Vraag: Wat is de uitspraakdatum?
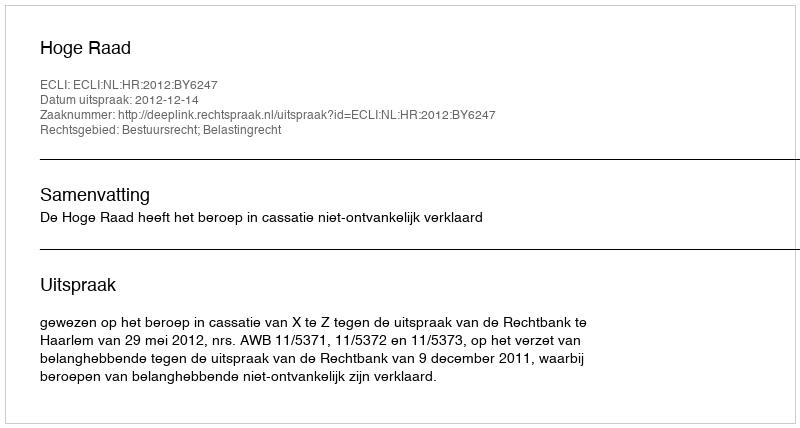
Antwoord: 2012-12-14